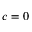
c = 0